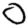
Digit: 0